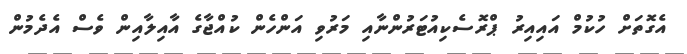
އެގޮތަށް ހުކުމް އައިއިރު ޕްރޮސެކިއުޓަރުންނާއި މަރުވި އަންހެން ކުއްޖާގެ އާއިލާއިން ވެސް އެދެމުން